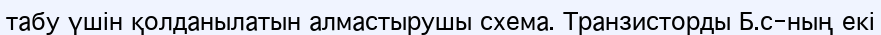
табу үшін қолданылатын алмастырушы схема. Транзисторды Б.с-ның екі